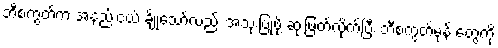
ဘီစကွတ်က အနည်းငယ် ချိုသော်လည်း အသုံးပြုဖို့ ဆုံးဖြတ်လိုက်ပြီး ဘီစကွတ်မုန့် တွေကို